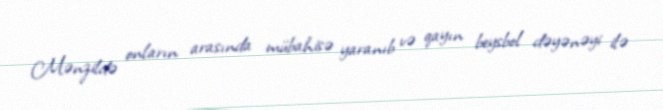
Mənzildə onların arasında mübahisə yaranıb və qayın beysbol dəyənəyi ilə